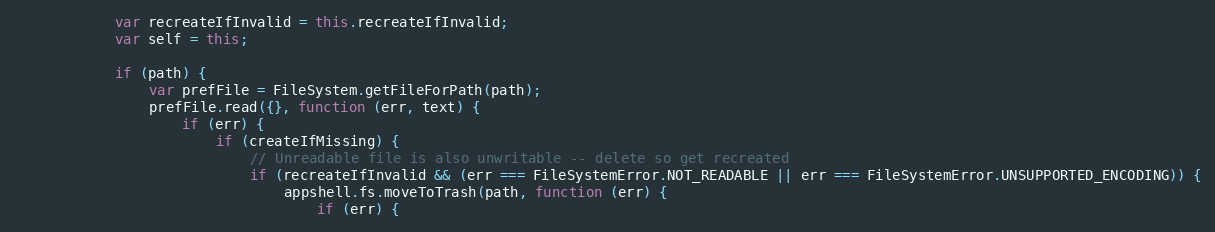
Language: JavaScript
            var recreateIfInvalid = this.recreateIfInvalid;
            var self = this;

            if (path) {
                var prefFile = FileSystem.getFileForPath(path);
                prefFile.read({}, function (err, text) {
                    if (err) {
                        if (createIfMissing) {
                            // Unreadable file is also unwritable -- delete so get recreated
                            if (recreateIfInvalid && (err === FileSystemError.NOT_READABLE || err === FileSystemError.UNSUPPORTED_ENCODING)) {
                                appshell.fs.moveToTrash(path, function (err) {
                                    if (err) {